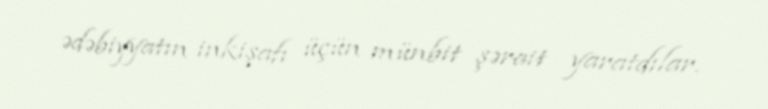
ədəbiyyatın inkişafı üçün münbit şərait yaratdılar.